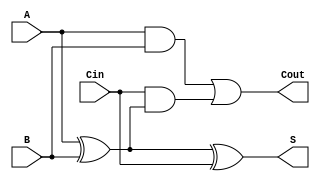
module transmission_gate_full_adder (
    input wire A,        // First input bit
    input wire B,        // Second input bit
    input wire Cin,      // Carry-in bit
    output wire S,       // Sum output
    output wire Cout     // Carry-out output
);

// Internal signals for intermediate computations
wire A_xor_B;         // Intermediate XOR result of A and B
wire A_and_B;         // AND result of A and B
wire Cin_and_A_xor_B; // Intermediate carry term

// XOR gates for Sum calculation
assign A_xor_B = A ^ B;              // A  B
assign S = A_xor_B ^ Cin;            // S = (A  B)  Cin

// AND gates for Carry-out calculation
assign A_and_B = A & B;              // A  B
assign Cin_and_A_xor_B = Cin & A_xor_B; // Cin  (A  B)

// OR gate for Carry-out
assign Cout = A_and_B | Cin_and_A_xor_B; // Cout = (A  B) + (Cin  (A  B))

endmodule